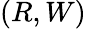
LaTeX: (R,W)